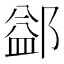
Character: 𨜶